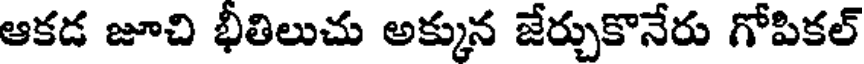
ఆకడ జూచి భీతిలుచు అక్కున జేర్చుకొనేరు గోపికల్